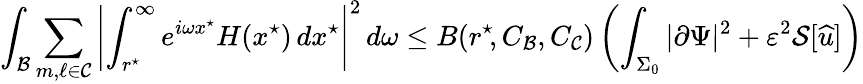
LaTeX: \int_{\mathcal{B}}\sum_{m,\ell\in\mathcal{C}}\left|\int_{r^{\star}\! }^{\infty}e^{i\omega x^{\star}}H(x^{\star})\, dx^{\star}\right|^{2}\, d\omega\leq B(r^{\star}\! ,C_{\mathcal{B}},C_{\mathcal{C}})\left(\int_{\Sigma_{0}}|\partial\Psi|^{2}+\varepsilon^{2}\mathcal{S}[{\widehat{u}}]\right)